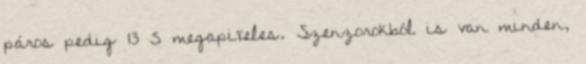
páros pedig 13 5 megapixeles. Szenzorokból is van minden,